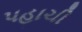
પહાચી